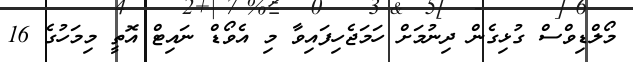
މޯލްޑިވްސް ގުޅިގެން ދިނުމަށް ހަމަޖެހިފައިވާ މި އެވޯޑް ނައިޓް އޮތީ މިމަހުގެ 16